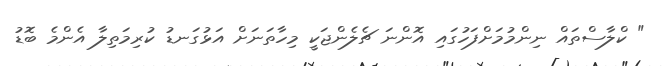
" ކްލާސްތައް ނިންމުމަށްފަހުގައި އޮންނަ ޗެލެންޖަކީ މިހާތަނަށް އަޅުގަނޑު ކުރިމަތިލާ އެންމެ ބޮޑު